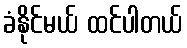
ခံနိုင်မယ် ထင်ပါတယ်